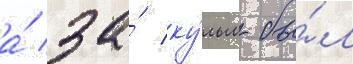
а́ за́ ку́льм бы́л